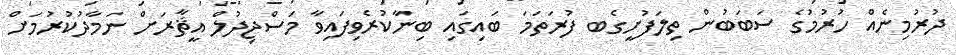
ދުރުމިނެއް ހުރުމުގެ ސަބަބުން ތިލަފުށީގެބ ފުރަތަމަ ބައިގައި ބިނާކުރެވިފައިވާ މަސްޖިދުލް އީޘާރަށް ނަމާދުކުރުމަށް